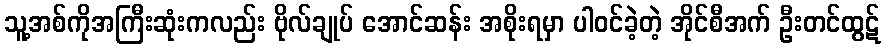
သူ့အစ်ကိုအကြီးဆုံးကလည်း ဗိုလ်ချုပ် အောင်ဆန်း အစိုးရမှာ ပါဝင်ခဲ့တဲ့ အိုင်စီအက် ဦးတင်ထွဋ်